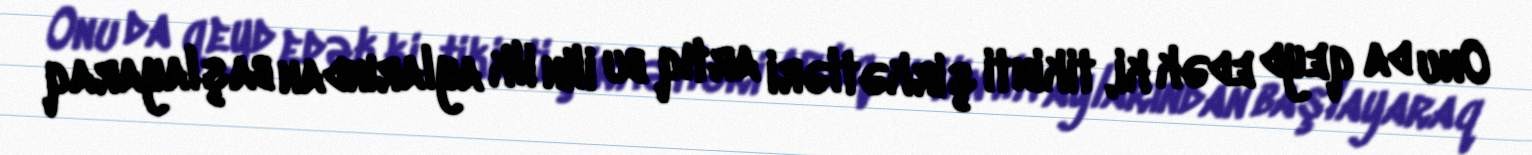
Onu da qeyd edək ki, tikinti şirkətləri artıq bu ilin ilk aylarından başlayaraq